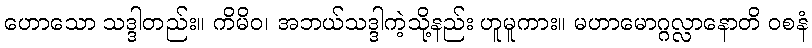
ဟောသော သဒ္ဒါတည်း။ ကိမိဝ၊ အဘယ်သဒ္ဒါကဲ့သို့နည်း ဟူမူကား။ မဟာမောဂ္ဂလ္လာနောတိ ဝစနံ